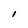
Character: l